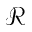
\mathcal R